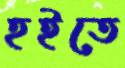
হইতে